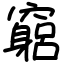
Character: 竆